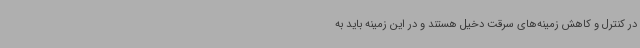
در کنترل و کاهش زمینه‌های سرقت دخیل هستند و در این زمینه باید به